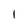
Character: 1